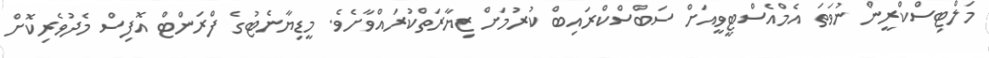
މަލްޓިސްކްރީން ނުވަތަ އެމްއެސްޓީވީއަށް ސަބްސްކްރައިބް ކުރުމަށް ޒިޔާރަތްކުރައްވާށެވެ. މީޑިޔާނެޓުގެ ފްރަންޓް އޮފިސް މެދުވެރިކޮށް